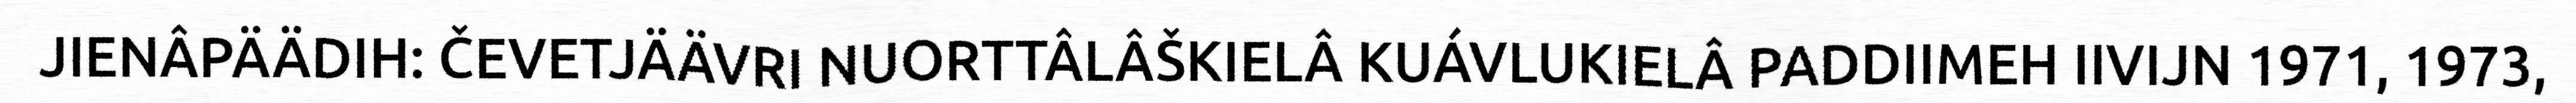
JIENÂPÄÄDIH: ČEVETJÄÄVRI NUORTTÂLÂŠKIELÂ KUÁVLUKIELÂ PADDIIMEH IIVIJN 1971, 1973,